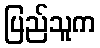
ပြည်သူက